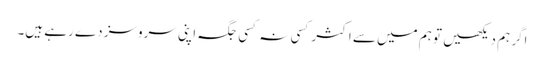
اگر ہم دیکھیں تو ہم میں سے اکثر کسی نہ کسی جگہ اپنی سروسز دے رہے ہیں۔